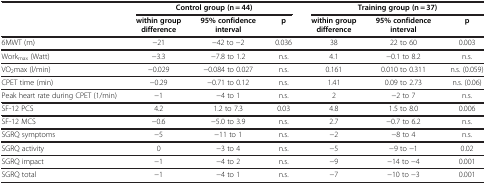
<table><thead><tr><td rowspan="2"><b> </b></td><td colspan="3"><b>Control group (n = 44)</b></td><td colspan="3"><b>Training group (n = 37)</b></td></tr><tr><td><b>within group difference</b></td><td><b>95% confidence interval</b></td><td><b>p</b></td><td><b>within group difference</b></td><td><b>95% confidence interval</b></td><td><b>p</b></td></tr></thead><tbody><tr><td>6MWT (m)</td><td>−21</td><td>−42 to −2</td><td>0.036</td><td>38</td><td>22 to 60</td><td>0.003</td></tr><tr><td>Work<sub>max</sub> (Watt)</td><td>−3.3</td><td>−7.8 to 1.2</td><td>n.s.</td><td>4.1</td><td>−0.1 to 8.2</td><td>n.s.</td></tr><tr><td>VO<sub>2</sub>max (l/min)</td><td>−0.029</td><td>−0.084 to 0.027</td><td>n.s.</td><td>0.161</td><td>0.010 to 0.311</td><td>n.s. (0.059)</td></tr><tr><td>CPET time (min)</td><td>−0.29</td><td>−0.71 to 0.12</td><td>n.s.</td><td>1.41</td><td>0.09 to 2.73</td><td>n.s. (0.06)</td></tr><tr><td>Peak heart rate during CPET (1/min)</td><td>−1</td><td>−4 to 1</td><td>n.s.</td><td>2</td><td>−2 to 7</td><td>n.s.</td></tr><tr><td>SF-12 PCS</td><td>4.2</td><td>1.2 to 7.3</td><td>0.03</td><td>4.8</td><td>1.5 to 8.0</td><td>0.006</td></tr><tr><td>SF-12 MCS</td><td>−0.6</td><td>−5.0 to 3.9</td><td>n.s.</td><td>2.7</td><td>−0.7 to 6.2</td><td>n.s.</td></tr><tr><td>SGRQ symptoms</td><td>−5</td><td>−11 to 1</td><td>n.s.</td><td>−2</td><td>−8 to 4</td><td>n.s.</td></tr><tr><td>SGRQ activity</td><td>0</td><td>−3 to 4</td><td>n.s.</td><td>−5</td><td>−9 to −1</td><td>0.02</td></tr><tr><td>SGRQ impact</td><td>−1</td><td>−4 to 2</td><td>n.s.</td><td>−9</td><td>−14 to −4</td><td>0.001</td></tr><tr><td>SGRQ total</td><td>−1</td><td>−4 to 1</td><td>n.s.</td><td>−7</td><td>−10 to −3</td><td>0.001</td></tr></tbody></table>